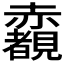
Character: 𧺃